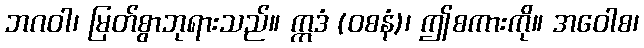
ဘဂဝါ၊ မြတ်စွာဘုရားသည်။ ဣဒံ (ဝစနံ)၊ ဤစကားကို။ အဝေါစ၊